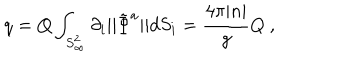
q = Q \int _ { S _ { \infty } ^ { 2 } } { \partial _ { i } | | \tilde { \Phi } ^ { a } | | } d S _ { i } = \frac { 4 \pi | n | } { g } Q \ ,